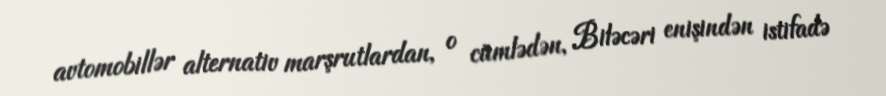
avtomobillər alternativ marşrutlardan, o cümlədən, Biləcəri enişindən istifadə